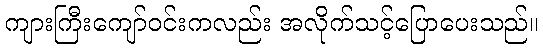
ကျားကြီးကျော်ဝင်းကလည်း အလိုက်သင့်ပြောပေးသည်။